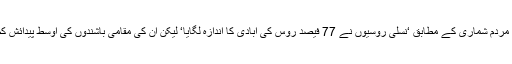
2010ء میں کی جانے والی آخری سرکاری مردم شماری کے مطابق ‘نسلی روسیوں نے 77 فیصد روس کی آبادی کا اندازہ لگایا‘ لیکن ان کی مقامی باشندوں کی اوسط پیدائش کم (اوسط1.3 فی صد بچے فی عورت ) رہی ۔